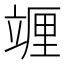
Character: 竰